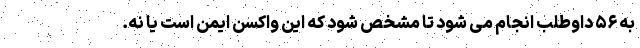
به ۵۶ داوطلب انجام می شود تا مشخص شود که این واکسن ایمن است یا نه.